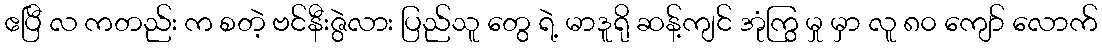
ဧပြီ လ ကတည်း က စတဲ့ ဗင်နီးဇွဲလား ပြည်သူ တွေ ရဲ့ မာဒူရို ဆန့်ကျင် အုံကြွ မှု မှာ လူ ၈၀ ကျော် လောက်